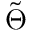
\Tilde { \Theta }